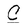
Character: C